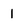
Character: l